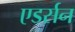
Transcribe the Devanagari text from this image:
एडर्सन